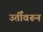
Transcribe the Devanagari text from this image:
उतीँवरून